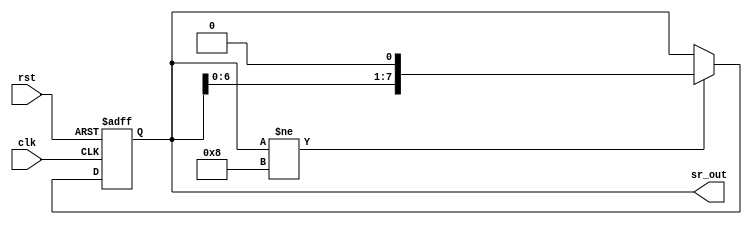
module shift_1X8(clk,sr_out,rst);
    parameter init_val = 8'b00000001;
    parameter final_val = 8'b00001000;
    input clk, rst;
    output [7:0] sr_out;
    reg [7:0] sr_out;  
    always @(posedge clk or negedge rst) begin
        if (!rst) begin
            sr_out = init_val;
        end
        else if(sr_out != final_val) begin
            sr_out = sr_out << 1; 
        end
    end
endmodule
module testb_shift;
    reg clk,rst;
    wire [7:0] sr_out;
    
    shift_1X8 dut(clk,sr_out,rst);
    
    initial begin
        rst = 0;
        clk = 0;
        #4
        rst = 1;
    end

    always #1 clk = ~clk;
endmodule